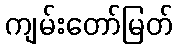
ကျမ်းတော်မြတ်